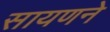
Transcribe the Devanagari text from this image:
सायणने